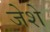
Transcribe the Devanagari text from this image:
जेशे